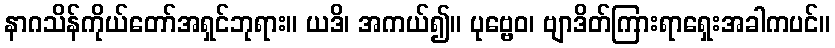
နာဂသိန်ကိုယ်တော်အရှင်ဘုရား။ ယဒိ၊ အကယ်၍။ ပုဗ္ဗေဝ၊ ဗျာဒိတ်ကြားရာရှေးအခါကပင်။